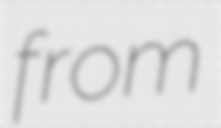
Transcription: from